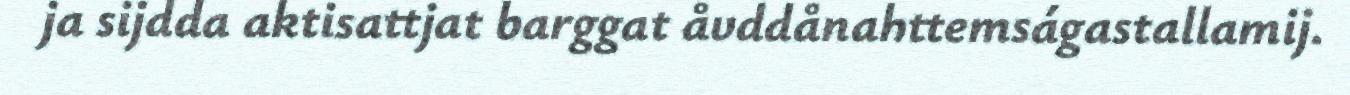
ja sijdda aktisattjat barggat åvddånahttemságastallamij.